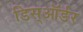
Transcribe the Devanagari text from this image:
डिस्ऑर्डर